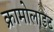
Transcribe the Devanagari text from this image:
क्रामोलाइट